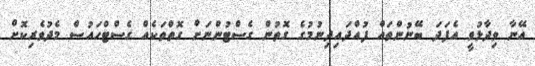
އޭނާ ވިދާޅުވީ އެފަދަ ބޭނުންތައް ފުއްދައިދިނުމުގެ ގޮތުން ގެސްޓުންނަށް ގޮތްތަކެއް ގެސްޓްހައުސް މެދުވެރިކޮށް